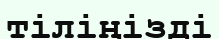
тіліңізді